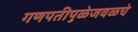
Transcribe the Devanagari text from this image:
गणपतीपुळेजवळचे